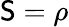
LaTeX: \mathsf{S}=\rho